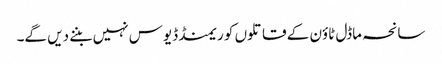
سانحہ ماڈل ٹاؤن کے قاتلوں کو ریمنڈ ڈیوس نہیں بننے دیں گے۔